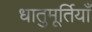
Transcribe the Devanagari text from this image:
धातुमूर्तियाँ